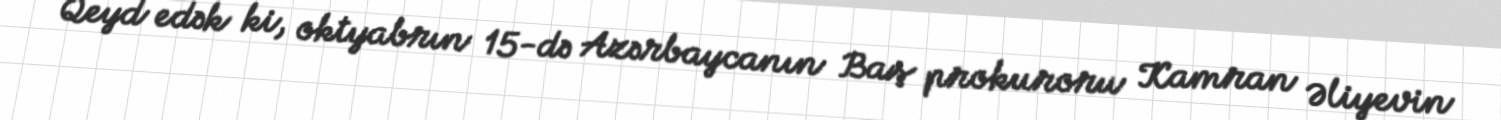
Qeyd edək ki, oktyabrın 15-də Azərbaycanın Baş prokuroru Kamran Əliyevin